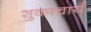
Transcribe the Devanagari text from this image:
शुकाचार्य